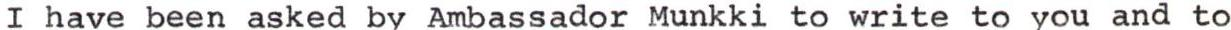
I have been asked by Ambassador Munkki to write to you and to